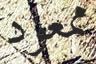
ممعود